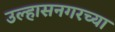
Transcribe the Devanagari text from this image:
उल्हासनगरच्या